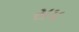
સપ